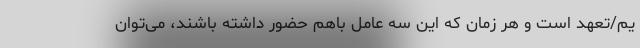
یم/تعهد است و هر زمان که این سه عامل باهم حضور داشته باشند، می‌توان